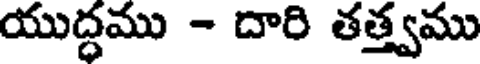
యుద్ధము - దారి తత్త్వము